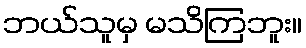
ဘယ်သူမှ မသိကြဘူး။